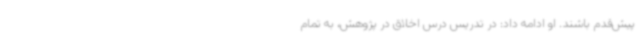
پیش‌قدم باشند. او ادامه داد: در تدریس درس اخلاق در پژوهش، به تمام